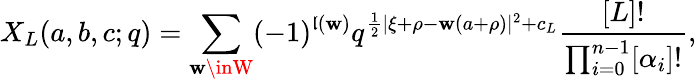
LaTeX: X_{L}(a,b,c;q)=\sum_{\mathbf{w}\inW}(-1)^{\mathfrak{l}(\mathbf{w})}q^{{\frac{{1}}{{2}}}|\xi+\rho-\mathbf{w}(a+\rho)|^{2}+c_{L}}{\frac{{[L]!}}{{\prod_{i=0}^{n-1}[\alpha_{i}]!}}},